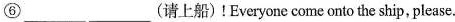
⑥___ ___(请上船)!Everyone come onto the ship,please.